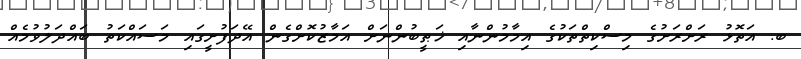
ބ. އަތޮޅު ރަށްރަށުގެ މިސްކިތްތަކުގެ އިމާމުންނާއި ޚަޠީބުންނަށް އަމާޒުކޮށްގެން އޭދަފުށީގައި މަސައްކަތު ބައްދަލުވުމެއް